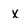
Character: x